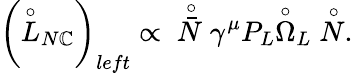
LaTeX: \left(\stackrel{\circ}{L}_{N\mathbb{C}}\right)_{left}\propto\; \; \stackrel{\circ}{\bar{{N}}}\gamma^{\mu}P_{L}\stackrel{\circ}{\Omega}_{L}\stackrel{\circ}{N}.